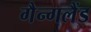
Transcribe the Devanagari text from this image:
गैन्गलैंड